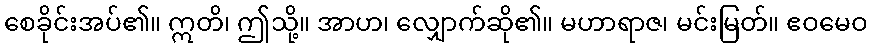
စေခိုင်းအပ်၏။ ဣတိ၊ ဤသို့။ အာဟ၊ လျှောက်ဆို၏။ မဟာရာဇ၊ မင်းမြတ်။ ဧဝမေဝ